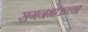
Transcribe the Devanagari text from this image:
सगनभाऊच्या